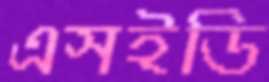
এসইডি